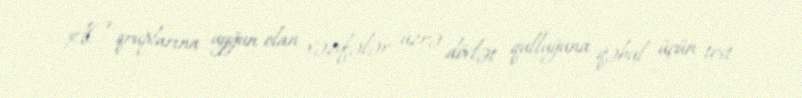
AC qruplarına uyğun olan vəzifələr üzrə dövlət qulluğuna qəbul üçün test